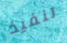
تنفيذ